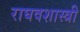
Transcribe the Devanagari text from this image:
राघवशास्त्री